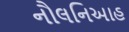
નૌલનિઆહ